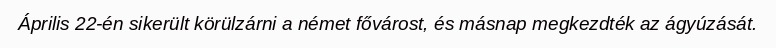
Április 22-én sikerült körülzárni a német fővárost, és másnap megkezdték az ágyúzását.